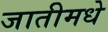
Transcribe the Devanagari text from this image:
जातीमधे